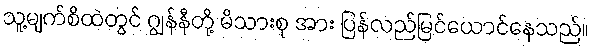
သူ့မျက်စိထဲတွင် ဂျွန်နီတို့ မိသားစု အား ပြန်လည်မြင်ယောင်နေသည်။